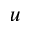
u